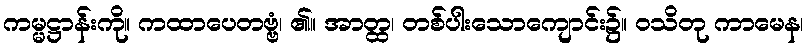
ကမ္မဋ္ဌာန်းကို။ ကထာပေတဗ္ဗံ၊ ၏။ အာတ္ထ၊ တစ်ပါးသောကျောင်း၌။ ဝသိတု ကာမေန၊